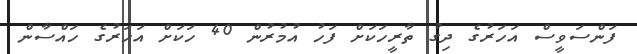
ފަންސަވީސް އަހަރުގެ ދިގު ތާރީހަކަށް ފަހު އުމުރުން 40 ހަކަށް އަހަރުގެ ހައްސާން